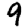
Digit: 9